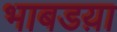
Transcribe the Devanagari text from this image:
भाबडय़ा